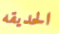
الحديقه